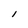
Character: l